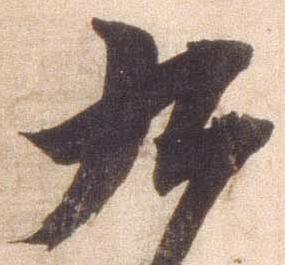
九